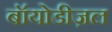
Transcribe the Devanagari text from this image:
बॉयोडीज़ल